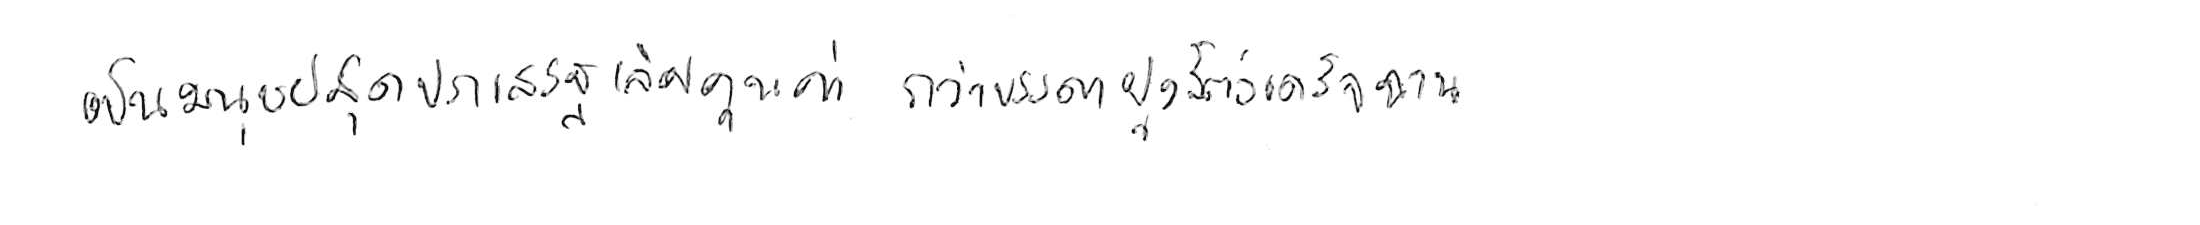
เป็นมนุษย์สุดประเสริฐเลิศคุณค่า กว่าบรรดาฝูงสัตว์เดรัจฉาน